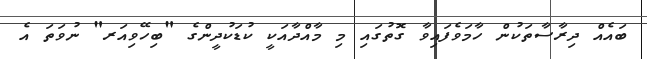
ބައެއް ދިރާސާތަކުން ހާމަވެފައިވާ ގޮތުގައި މި މާއްދާއަކީ ކުޑަކުދީންގެ "ބިހޭވިއަރ" ނުވަތަ އެ